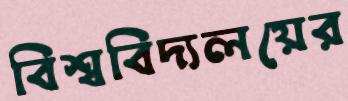
বিশ্ববিদ্যলয়ের